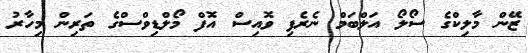
ޒޭން މާލިކްގެ ސޯލޯ އަލްބަމް ނެރެފި ވޮއިސް އޮފް މޯލްޑިވްސްގެ ތަރިން މިހާރު